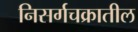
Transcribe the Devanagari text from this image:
निसर्गचक्रातील